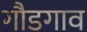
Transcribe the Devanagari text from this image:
गौडगाव